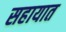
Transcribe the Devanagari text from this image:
सहायात